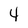
Character: 4